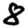
Digit: 8